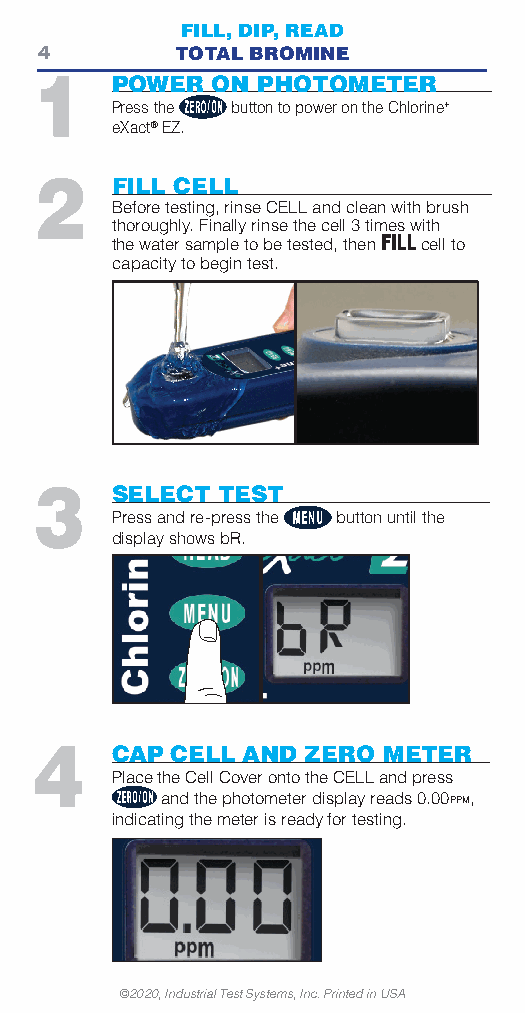
FILL, DIP, READ
 4         TOTAL BROMINE
 1    POWER  ON PHOTOMETER
 Press the button to power on the Chlorine+
 eXact® EZ.
 2    FILL CELL
 Before testing, rinse CELL and clean with brush
 thoroughly. Finally rinse the cell 3 times with
 the water sample to be tested, thenFILLcell to
 capacity to begin test.
 3    SELECT TEST
 Press and re-press the button until the
 display shows bR.
 4    CAP CELL AND ZERO METER
 Place the Cell Cover onto the CELL and press
 and the photometer display reads 0.00PPM,
 indicating the meter is ready for testing.
 ©2020, Industrial Test Systems, Inc. Printed in USA